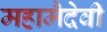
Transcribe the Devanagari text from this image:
महामैदेवी